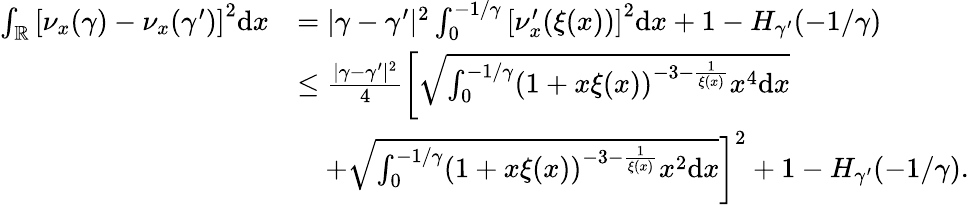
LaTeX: \begin{array}{rl}{\int_{\mathbb{R}}\left[\nu_{x}(\gamma)-\nu_{x}(\gamma^{\prime})\right]^{2}\mathrm{d}x}&{=\vert\gamma-\gamma^{\prime}\vert^{2}\int_{0}^{-1/\gamma}\left[\nu_{x}^{\prime}(\xi(x))\right]^{2}\mathrm{d}x+1-H_{\gamma^{\prime}}(-1/\gamma)}\\ &{\leq\frac{\vert\gamma-\gamma^{\prime}\vert^{2}}{4}\left[\sqrt{\int_{0}^{-1/\gamma}(1+x\xi(x))^{-3-\frac{1}{\xi(x)}}x^{4}\mathrm{d}x}\right.}\\ &{\quad+\left.\sqrt{\int_{0}^{-1/\gamma}(1+x\xi(x))^{-3-\frac{1}{\xi(x)}}x^{2}\mathrm{d}x}\right]^{2}+1-H_{\gamma^{\prime}}(-1/\gamma).}\end{array}